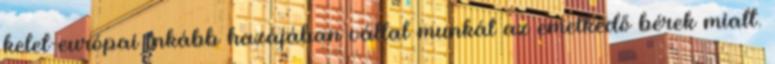
kelet-európai inkább hazájában vállal munkát az emelkedő bérek miatt.